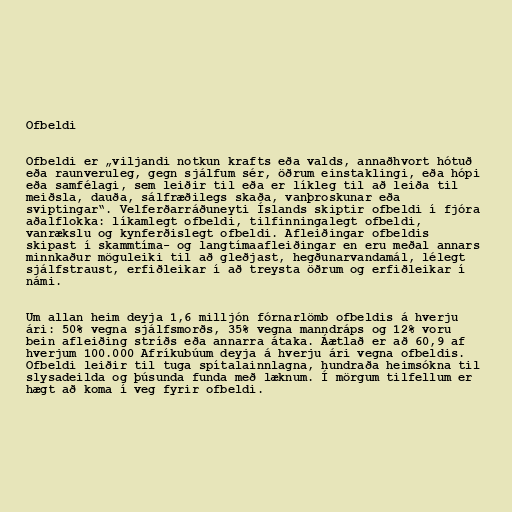
Ofbeldi

Ofbeldi er „viljandi notkun krafts eða valds, annaðhvort hótuð
eða raunveruleg, gegn sjálfum sér, öðrum einstaklingi, eða hópi
eða samfélagi, sem leiðir til eða er líkleg til að leiða til
meiðsla, dauða, sálfræðilegs skaða, vanþroskunar eða
sviptingar“. Velferðarráðuneyti Íslands skiptir ofbeldi í fjóra
aðalflokka: líkamlegt ofbeldi, tilfinningalegt ofbeldi,
vanrækslu og kynferðislegt ofbeldi. Afleiðingar ofbeldis
skipast í skammtíma- og langtímaafleiðingar en eru meðal annars
minnkaður möguleiki til að gleðjast, hegðunarvandamál, lélegt
sjálfstraust, erfiðleikar í að treysta öðrum og erfiðleikar í
námi.

Um allan heim deyja 1,6 milljón fórnarlömb ofbeldis á hverju
ári: 50% vegna sjálfsmorðs, 35% vegna manndráps og 12% voru
bein afleiðing stríðs eða annarra átaka. Áætlað er að 60,9 af
hverjum 100.000 Afríkubúum deyja á hverju ári vegna ofbeldis.
Ofbeldi leiðir til tuga spítalainnlagna, hundraða heimsókna til
slysadeilda og þúsunda funda með læknum. Í mörgum tilfellum er
hægt að koma í veg fyrir ofbeldi.